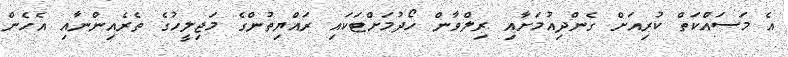
އެ މަސައްކަތް ކުރިއަށް ގެންދިއުމަށާއި ރިލްވާން ހޯދުމަށްޓަކައި ރައްޔިތުންގެ މަޖިލީހުގެ ތެރެއިންނާއި އެހެން